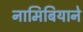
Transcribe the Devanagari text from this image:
नामिबियाने